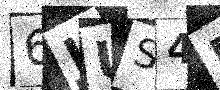
Text: 6JUS4E